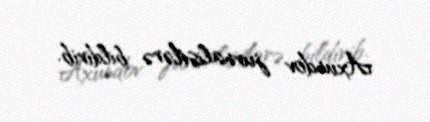
Axundov jurnalistlərə bildirib.